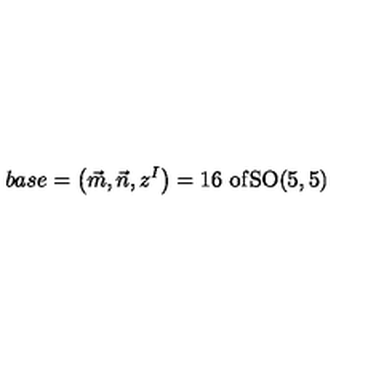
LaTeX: b a s e = \left( \vec { m } , \vec { n } , z ^ { I } \right) = 1 6 \mathrm { { \ o f } S O ( 5 , 5 ) }